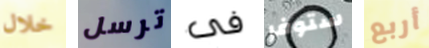
خلال ترسل فى ستوفر أربع